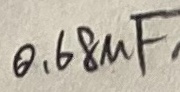
Text: 0,68uF